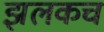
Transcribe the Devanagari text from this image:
झलकच